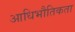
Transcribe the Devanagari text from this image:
आधिभौतिकता